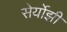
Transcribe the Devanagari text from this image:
सेर्योझी